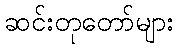
ဆင်းတုတော်များ